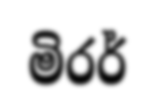
මිරර්